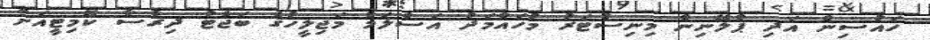
ހައުސިން އަދި ޕްލޭނިން މިނިސްޓަރު މުހައްމަދު އަސްލަމް މަޖިލީހުގެ ބަޖެޓު ދިރާސާ ކޮމިޓީއަށް